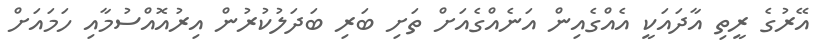
އޭރުގެ ރީތި އާދައަކީ އެއްގެއިން އަނެއްގެއަށް ތަށި ބަރި ބަދަލުކުރުން އިރުއޮއްސުމާއި ހަމައަށް